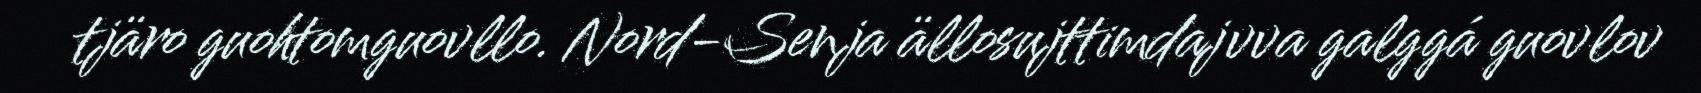
tjäro guohtomguovllo. Nord-Senja ällosujttimdajvva galggá guovlov